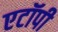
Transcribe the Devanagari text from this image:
एटॉपी